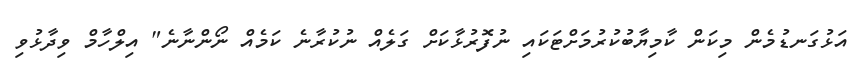
އަޅުގަނޑުމެން މިކަން ކާމިޔާބުކުރުމަށްޓަކައި ނުފޮރުޅާކަށް ގަލެއް ނުކުރާނެ ކަމެއް ނޯންނާނެ" އިލްހާމް ވިދާޅުވި